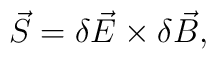
\vec{S} = \delta\vec{E} \times \delta\vec{B},